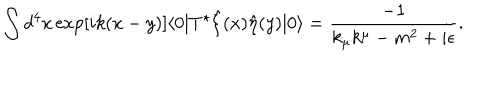
\int d ^ { 4 } x \exp [ i k ( x - y ) ] \langle 0 | T ^ { \star } \hat { \xi } ( x ) \hat { \eta } ( y ) | 0 \rangle = \frac { - 1 } { k _ { \mu } k ^ { \mu } - m ^ { 2 } + i \epsilon } .